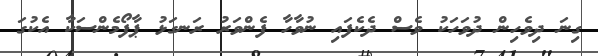
ގިނަ ދިވެހިން ދުވަހަކު ވެސް ދެކެފައި ނުވާހާ ފެންވަރު ރަނގަޅު ޕާފޯމެންސަކާ އެކުގަ